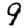
Digit: 9